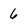
Character: 6